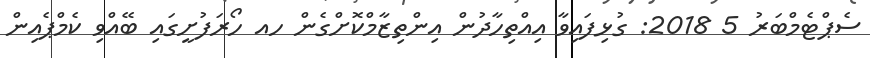
ސެޕްޓެމްބަރު 5 2018: ގުޅިފައިވާ އިއްތިހާދުން އިންތިޒާމްކޮށްގެން ހއ ހޯރަފުށީގައި ބޭއްވި ކެމްޕެއިން